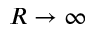
R \to \infty